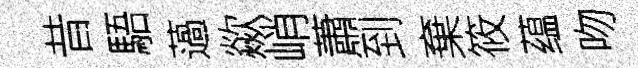
昔䮏薖歘峭蕭到棄筱蕴吻